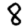
Digit: 8